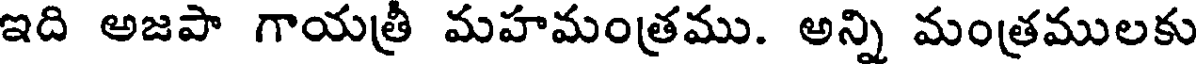
ఇది అజపా గాయత్రీ మహమంత్రము. అన్ని మంత్రములకు